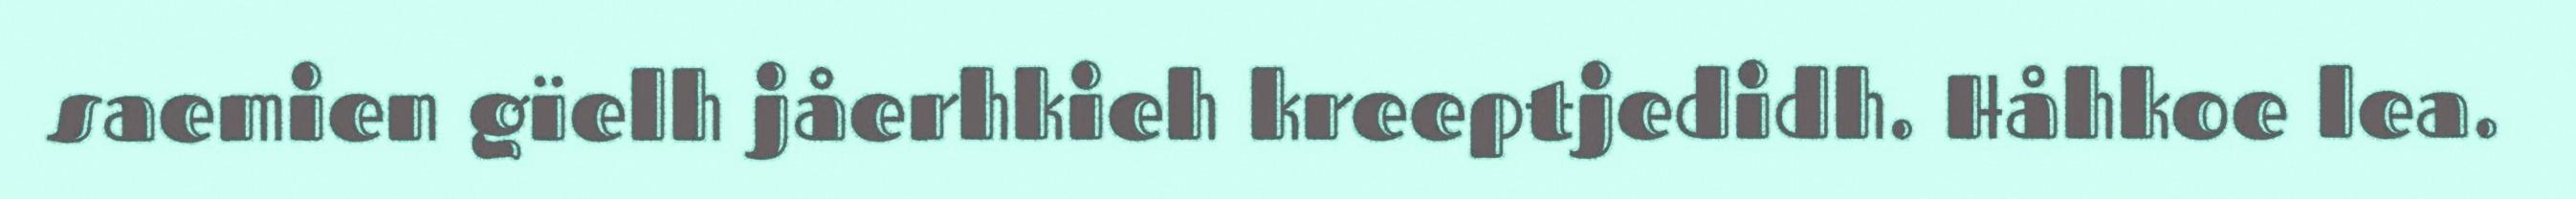
saemien gïelh jåerhkieh kreeptjedidh. Håhkoe lea.